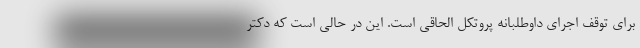
برای توقف اجرای داوطلبانه پروتکل الحاقی است. این در حالی است که دکتر